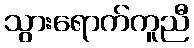
သွားရောက်ကူညီ